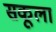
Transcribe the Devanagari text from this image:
सकूला